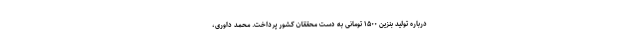
درباره تولید بنزین ۱۵۰۰ تومانی به دست محققان کشور پرداخت. محمد داوری،